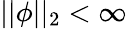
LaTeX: ||\phi||_{2}<\infty